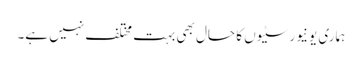
ہماری یونیورسٹیوں کا حال بھی بہت مختلف نہیں ہے۔